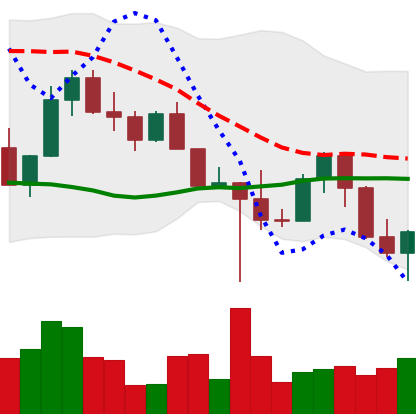
Ticker: LINK-USD
Chart end date: 2022-10-21
Forward return: 5.059%
Label: up_5_7